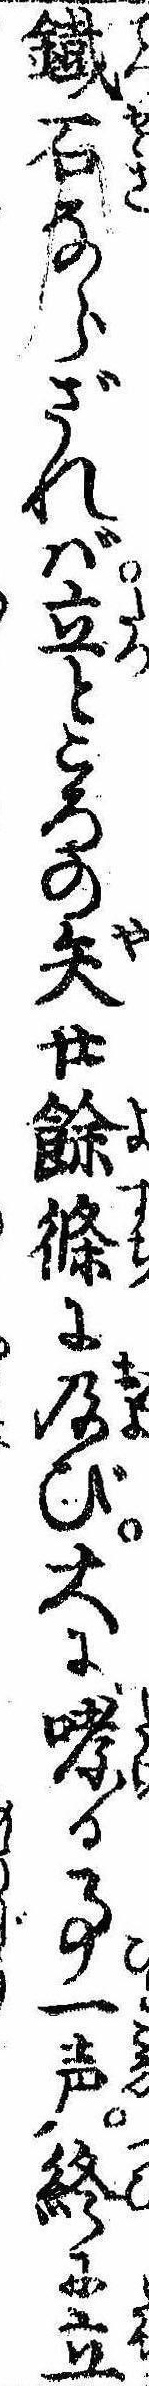
鉄石ならざれば立ところの矢廿余条に及び大に哮る事一声終に立